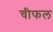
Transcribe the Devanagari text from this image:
चीफल